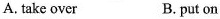
A. take over B. put on